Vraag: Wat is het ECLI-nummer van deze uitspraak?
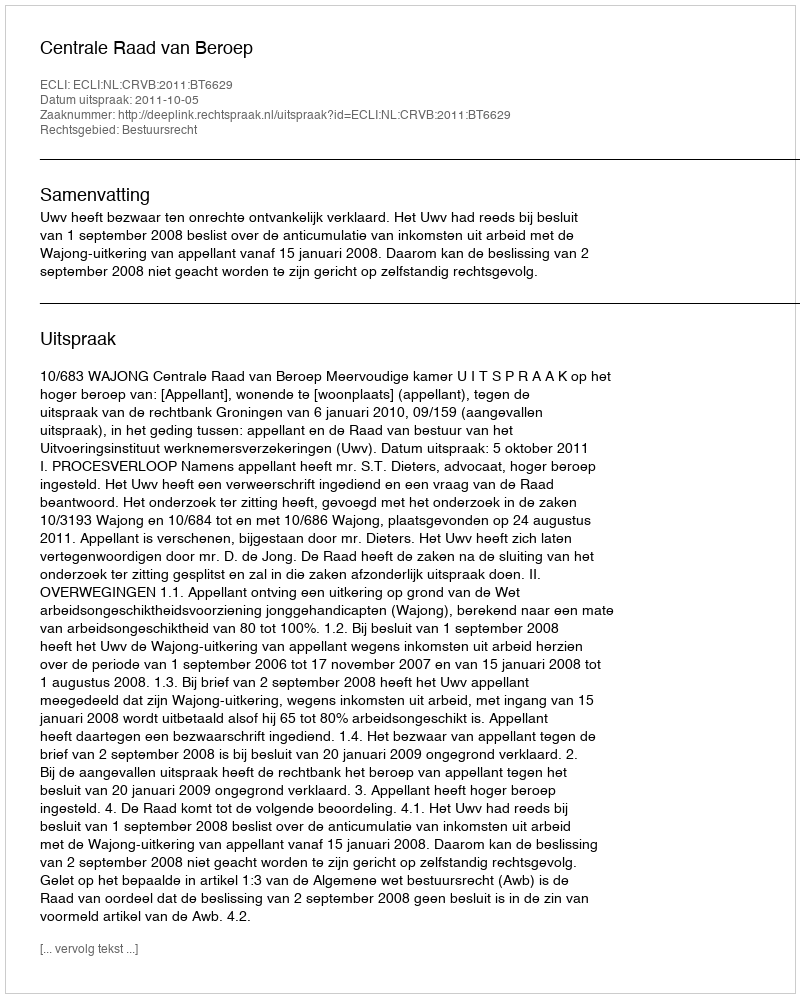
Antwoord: ECLI:NL:CRVB:2011:BT6629